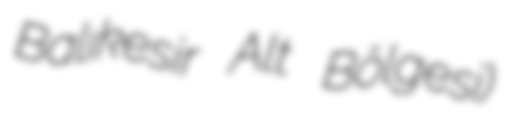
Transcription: Balıkesir Alt Bölgesi)